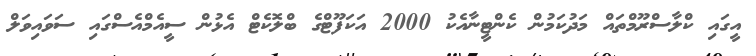
އީގައި ކްލާސްރޫމްތައް މަދުކަމުން ކެންޓީނާއެކު 2000 އަކަފޫޓްގެ ބްލޮކެޓް އެޅުން ސީއެމްއެސްގައި ސަވައިވަލް